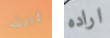
ثالث اراده